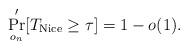
LaTeX: \begin{align*}\Pr_{o_{n}}'[T_{ \mathrm{Nice}}\ge \tau]=1-o(1).\end{align*}